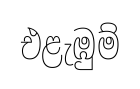
එළැඹුම්